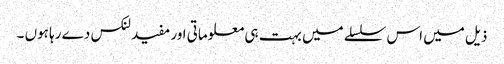
ذیل میں اس سلسلے میں بہت ہی معلوماتی اور مفید لنکس دے رہا ہوں ۔